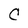
Character: C